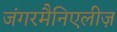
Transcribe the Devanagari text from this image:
जंगरमैनिएलीज़